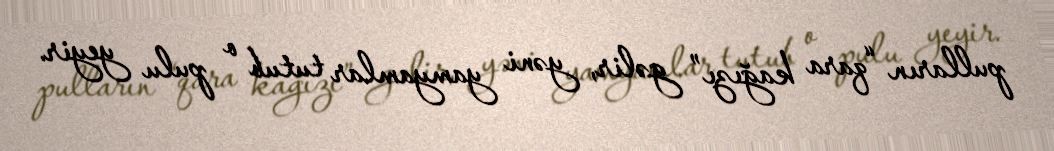
pulların “qara kağızı” gəlir, yəni yamyamlar tutub o pulu yeyir.